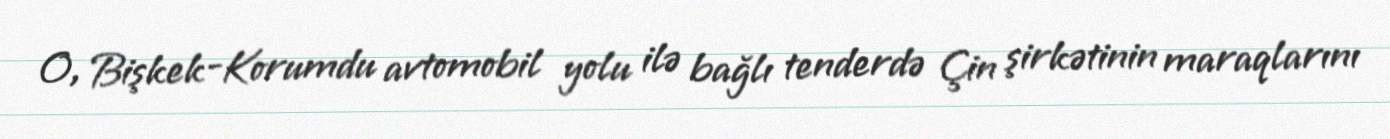
O, Bişkek-Korumdu avtomobil yolu ilə bağlı tenderdə Çin şirkətinin maraqlarını